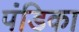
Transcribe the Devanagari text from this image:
पंडिका